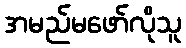
အမည်မဖော်လိုသူ